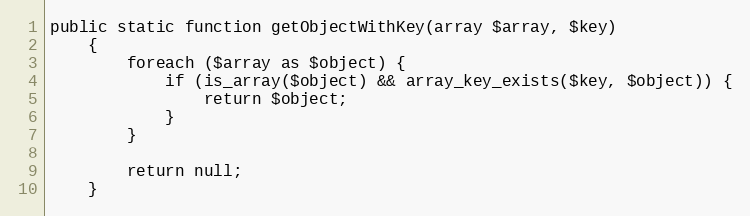
Language: PHP
public static function getObjectWithKey(array $array, $key)
    {
        foreach ($array as $object) {
            if (is_array($object) && array_key_exists($key, $object)) {
                return $object;
            }
        }

        return null;
    }